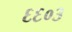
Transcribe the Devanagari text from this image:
६६०३